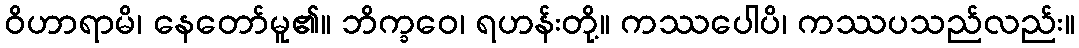
ဝိဟာရာမိ၊ နေတော်မူ၏။ ဘိက္ခဝေ၊ ရဟန်းတို့။ ကဿပေါပိ၊ ကဿပသည်လည်း။